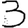
Digit: 3